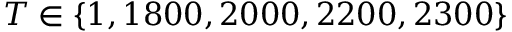
T \in \{ 1 , 1 8 0 0 , 2 0 0 0 , 2 2 0 0 , 2 3 0 0 \}